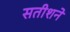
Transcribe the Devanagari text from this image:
सतीशने